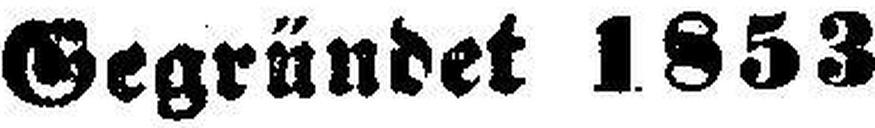
Gegründet 1853